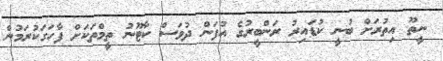
ނީތޫ އިތުރަށް ބުނީ ކުޑައިރު ރަންބީރުގެ އުފަން ދުވަސް ކާޓޫނު ތީމްތަކަށް ފާހަގަކުރަމުން